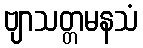
ဗျာသတ္တမနသံ